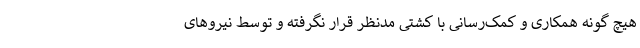
هیچ گونه همکاری و کمک‌رسانی با کشتی مدنظر قرار نگرفته و توسط نیروهای